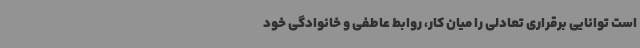
است توانایی برقراری تعادلی را میان کار، روابط عاطفی و خانوادگی خود